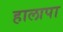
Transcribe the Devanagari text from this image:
हालापा